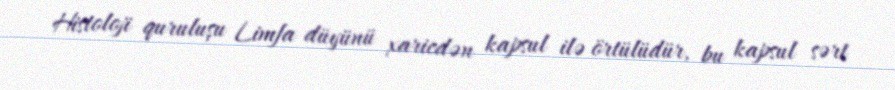
Histoloji quruluşu Limfa düyünü xaricdən kapsul ilə örtülüdür, bu kapsul sərt